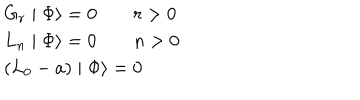
LaTeX: \begin{array} { l } { { G _ { r } \mid \Phi \rangle = 0 \qquad r > 0 } } \\ { { L _ { n } \mid \Phi \rangle = 0 \qquad n > 0 } } \\ { { \left( L _ { 0 } - a \right) \mid \Phi \rangle = 0 } } \\ \end{array}